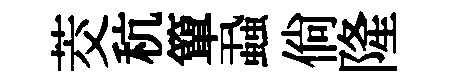
茭秔簞蝨倘隆